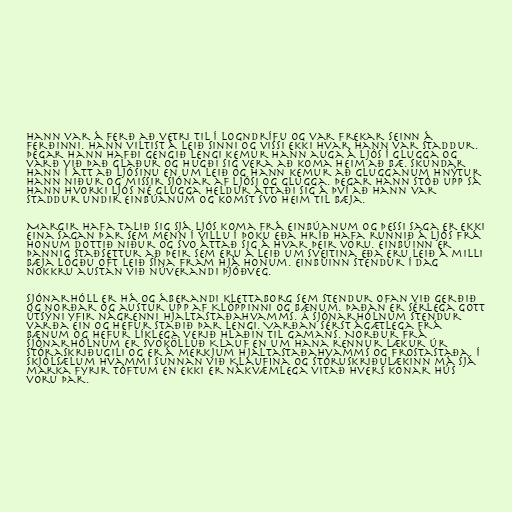
Hann var á ferð að vetri til í logndrífu og var frekar seinn á
ferðinni. Hann viltist á leið sinni og vissi ekki hvar hann var staddur.
Þegar hann hafði gengið lengi kemur hann auga á ljós í glugga og
varð við það glaður og hugði sig vera að koma heim að bæ. Skundar
hann í átt að ljósinu en um leið og hann kemur að glugganum hnýtur
hann niður og missir sjónar af ljósi og glugga. Þegar hann stóð upp sá
hann hvorki ljós né glugga heldur áttaði sig á því að hann var
staddur undir Einbúanum og komst svo heim til bæja.

Margir hafa talið sig sjá ljós koma frá Einbúanum og þessi saga er ekki
eina sagan þar sem menn í villu í þoku eða hríð hafa runnið á ljós frá
honum dottið niður og svo áttað sig á hvar þeir voru. Einbúinn er
þannig staðsettur að þeir sem eru á leið um sveitina eða eru leið á milli
bæja lögðu oft leið sína fram hjá honum. Einbúinn stendur í dag
nokkru austan við núverandi þjóðveg.

Sjónarhóll er há og áberandi klettaborg sem stendur ofan við Gerðið
og norðar og austur upp af Klöppinni og bænum. Þaðan er sérlega gott
útsýni yfir nágrenni Hjaltastaðahvamms. Á Sjónarhólnum stendur
varða ein og hefur staðið þar lengi. Varðan sérst ágætlega frá
bænum og hefur líklega verið hlaðin til gamans. Norður frá
Sjónarhólnum er svokölluð Klauf en um hana rennur lækur úr
Stóraskriðugili og er á merkjum Hjaltastaðahvamms og Frostastaða. Í
skjólsælum hvammi sunnan við Klaufina og Stóruskriðulækinn má sjá
marka fyrir tóftum en ekki er nákvæmlega vitað hvers konar hús
voru þar.